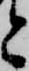
と